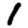
Digit: 1